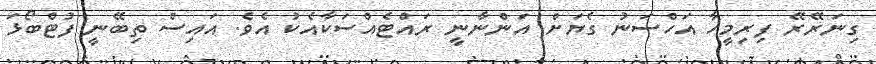
ގިނަރޭރޭ ފިރިމީހާ އަހްސަނު ގެޔަށް އަންނާނީ ރައްޓެއްސަކާއެކު އެވެ. އައިސް ތިބޭނީ ފުޓްބޯޅަ